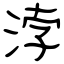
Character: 浡